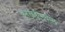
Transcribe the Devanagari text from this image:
चुनखडीमधील